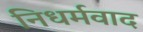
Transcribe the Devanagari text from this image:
निधर्मवाद